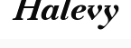
Halevy